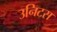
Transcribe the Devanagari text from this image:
उनिटस